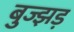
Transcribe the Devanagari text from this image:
बुज्झड़